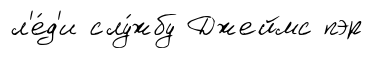
л'е́д'и слу́жбу Джеймс пэр